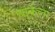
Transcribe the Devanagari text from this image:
बार्कला